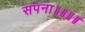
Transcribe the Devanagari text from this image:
सपना॥॥॥॥